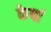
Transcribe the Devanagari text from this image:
केषां